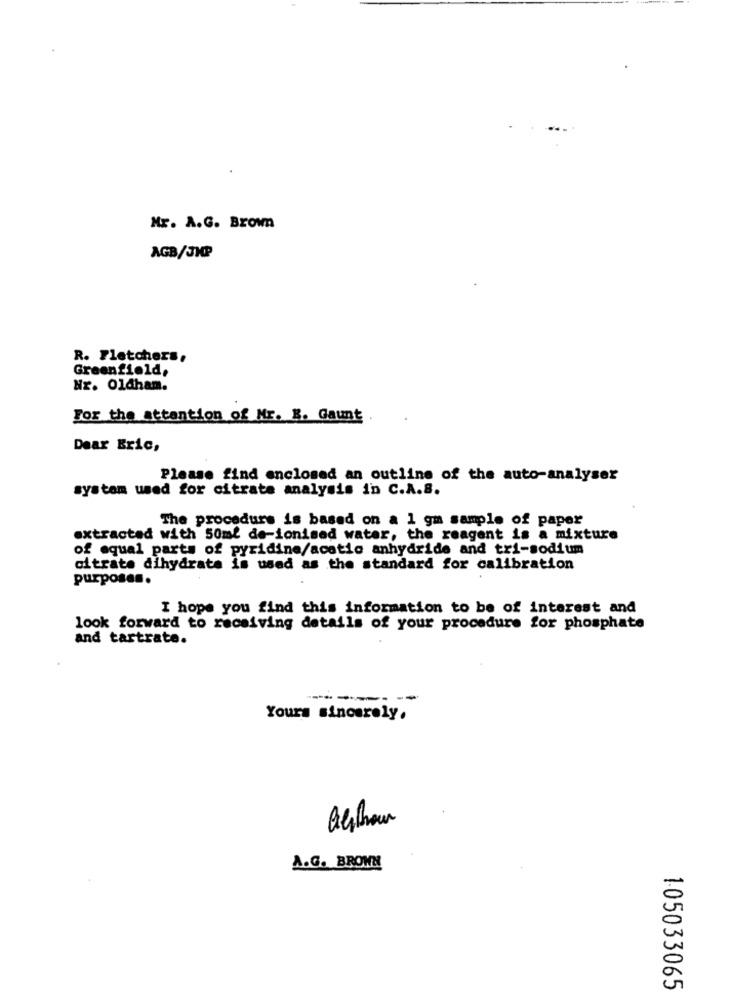
Mr. A.G. Brown
AGB/JKP
R. Fletchers,
Greenfield,
Nr. Oldham.
For the attention of Mr. B. Gaunt
Dear Eric,
Please find enclosed an outline of the auto-analyser
system used for citrate analysis in C.A.S.
The procedure is based on a 1 gm sample of paper
extracted with 50ml de-ionised water, the reagent is a mixture
of equal parts of pyridine/acetic anhydride and tri-sodium
citrate dihydrate is used as the standard for calibration
purposes.
I hope you find this information to be of interest and
look forward to receiving details of your procedure for phosphate
and tartrate.
----- --
Yours sincerely.
Gerhour
A.G. BROWN
105033065